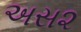
અસ૨